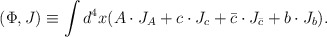
\begin{align*}(\Phi, J) \equiv \int d^4x (A \cdot J_A + c \cdot J_c + \bar{c} \cdot J_{\bar{c}} + b \cdot J_b).\end{align*}